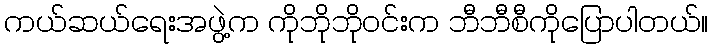
ကယ်ဆယ်ရေးအဖွဲ့က ကိုဘိုဘိုဝင်းက ဘီဘီစီကိုပြောပါတယ်။